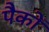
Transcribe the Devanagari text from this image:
पैकों